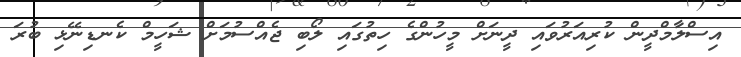
އިސްލާމްދީން ކުރިއަރުވައި ދީނަށް މީހުންގެ ހިތުގައި ލޯބި ޖެއްސުމަށް ޝަހީމް ކެނޑިނޭޅި ބުރަ